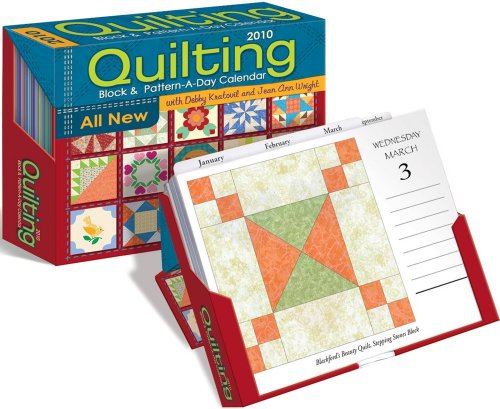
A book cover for Quilting Block & Pattern-a-Day: 2010 Day-to-Day Calendar; Accord Publishing; Calendars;